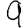
Digit: 9